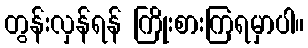
တွန်းလှန်ရန် ကြိုးစားကြရမှာပါ။